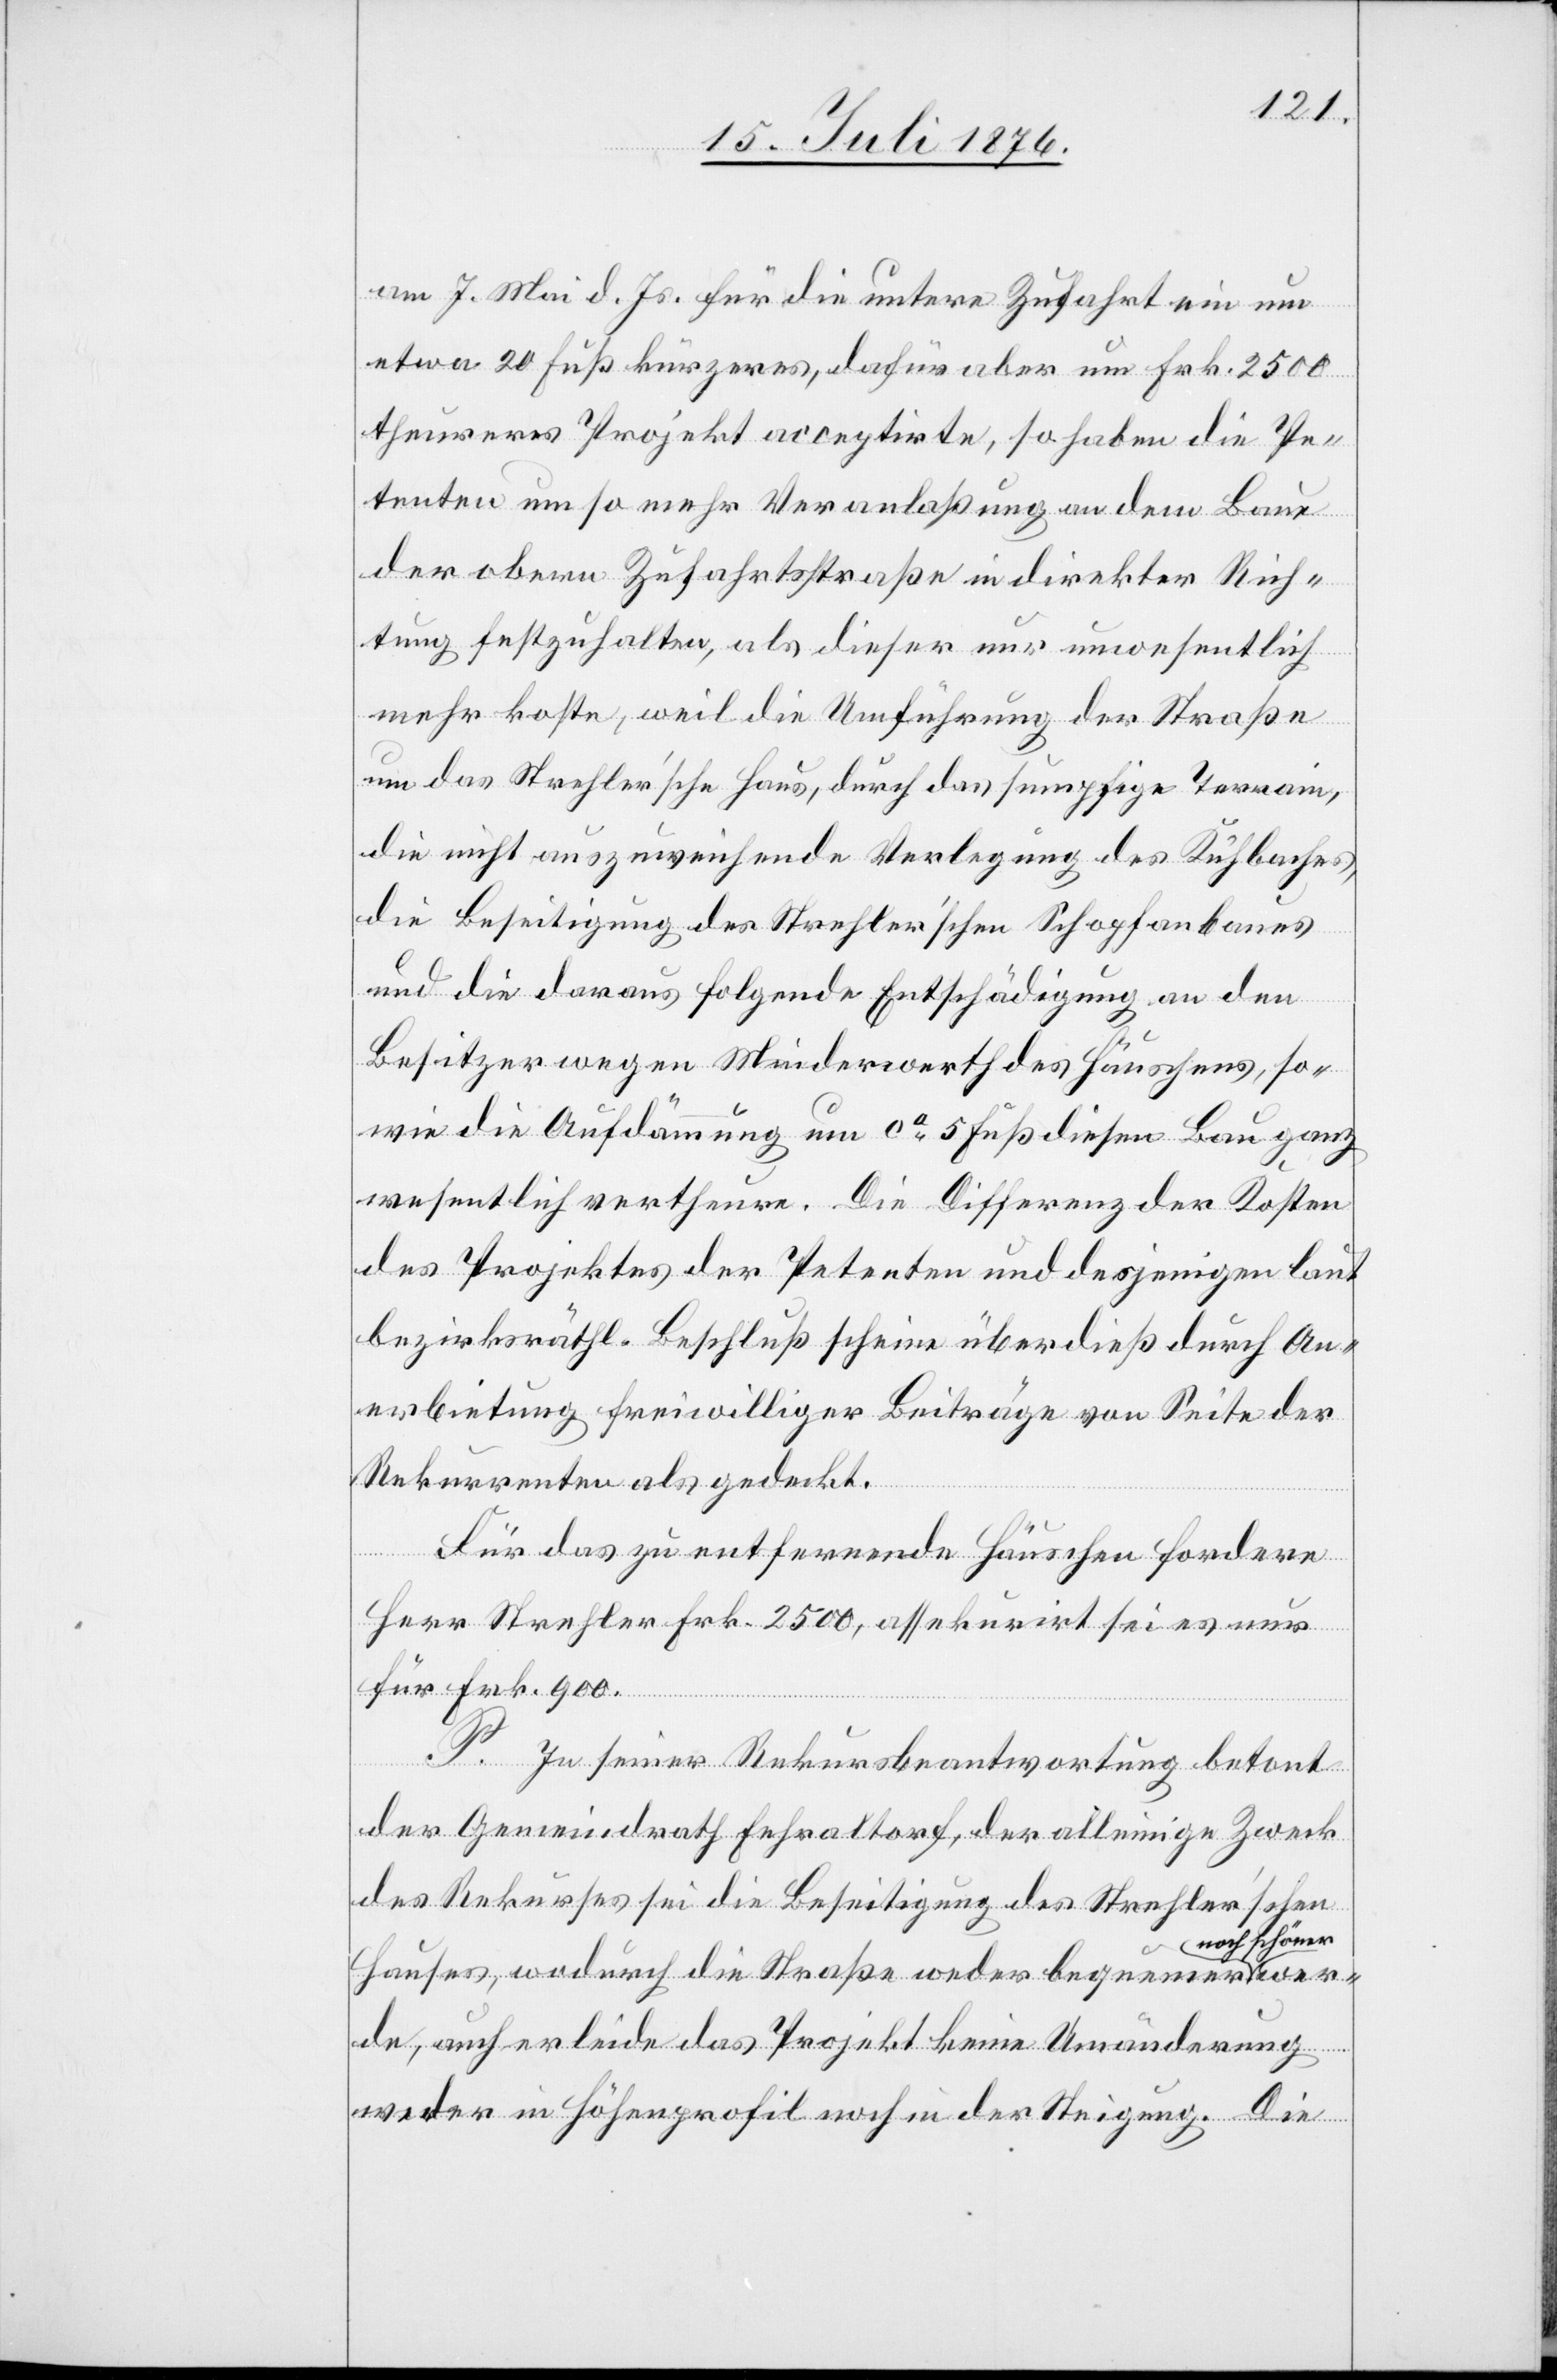
am 7. Mai d. Js. für die untere Zufahrt ein um
etwa 20 Fuß kürzeres, dafür aber um Frk. 2500
theureres Projekt acceptirte, so haben die Pe¬
tenten um so mehr Veranlaßung an dem Baue
der obern Zufahrtsstraße in direkter Rich¬
tung festzuhalten, als dieser nur unwesentlich
mehr koste, weil die Umführung der Straße
um das Strehler’sche Haus, durch das sumpfige Terrain,
die nicht auszuweichende Verlegung des Kuhbaches,
die Beseitigung des Strehler’schen Schopfanbaues
und die daraus folgende Entschädigung an den
Besitzer wegen Minderwerth des Häuschens, so¬
wie die Aufdämmung um ca 5 Fuß diesen Bau ganz
wesentlich vertheuern. Die Differenz der Kosten
des Projektes der Petenten und desjenigen laut
bezirksräthl. Beschluß scheine überdies durch An¬
erbietung freiwilliger Beiträge von Seite der
Rekurrenten als gedeckt.
in
Für das zu entfernende Häuschen fordern
Herr Strehler Frk. 2500, assekurirt sei es nur
für Frk. 900.
P. In seiner Rekursbeantwortung betont
der Gemeindrath Fehraltorf, der alleinige Zweck
des Rekurses sei die Beseitigung des Strehler’schen
noch schöner
Hauses, wodurch die Straße weder bequemer a
de, auch erleide das Projekt keine Umänderung
[recte: im] Höhenprofil noch in der Steigung. Die